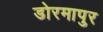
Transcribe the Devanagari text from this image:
डोरमापुर